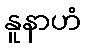
နူနာဟံ